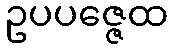
ဥပပဇ္ဇေထ